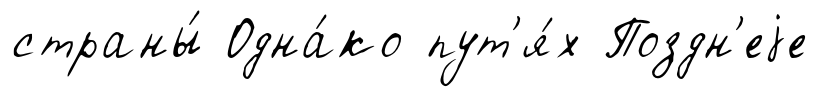
страны́ Одна́ко пут'я́х Поздн'еjе